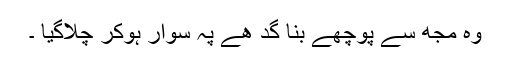
وہ مجھ سے پوچھے بنا گد ھے پہ سوار ہوکر چلاگیا ۔